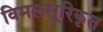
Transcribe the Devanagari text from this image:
विमलसूरिकृत